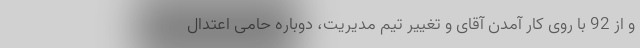
و از 92 با روی کار آمدن آقای و تغییر تیم مدیریت، دوباره حامی اعتدال